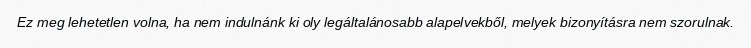
Ez meg lehetetlen volna, ha nem indulnánk ki oly legáltalánosabb alapelvekből, melyek bizonyításra nem szorulnak.